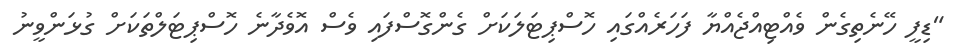
"ޑިފީ ހޭނެތިގެން ވެއްޓިއްޖެއްޔާ ފަހަރެއްގައި ހޮސްޕިޓަލަކަށް ގެންގޮސްފައި ވެސް އޮވެދާނެ ހޮސްޕިޓަލްތަކަށް ގުޅަންވީނު